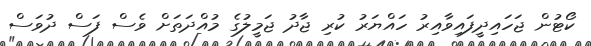
ކޯޓުން ޖަހައިދީފައިވާއިރު ހައްޔަރު ކުރި ޖާދު ޖަމީލުގެ މުއްދަތަށް ވެސް ފަސް ދުވަސް